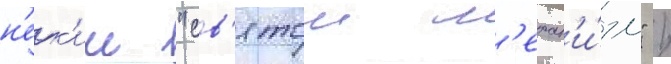
н'ек'ии "св'ятои м'ехан'и́зм" /